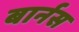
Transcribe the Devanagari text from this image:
बार्नस